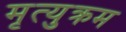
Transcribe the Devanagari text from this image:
मृत्युक्रम